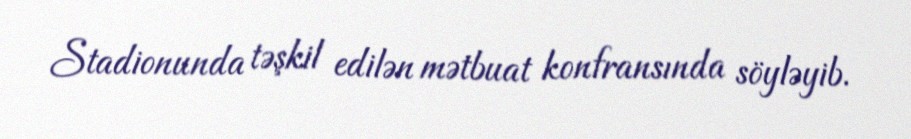
Stadionunda təşkil edilən mətbuat konfransında söyləyib.